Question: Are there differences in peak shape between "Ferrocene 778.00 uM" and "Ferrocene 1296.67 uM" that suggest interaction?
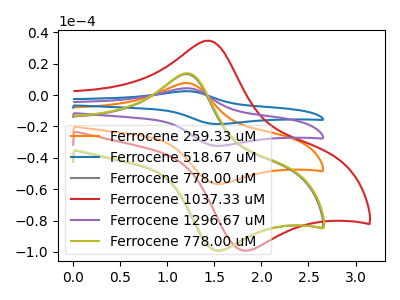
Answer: <think>The orange curve "Ferrocene 259.33 uM" has an anodic peak at (1.20V, 7.70uA) and a cathodic peak at (1.50V, -56.55uA). The blue curve "Ferrocene 518.67 uM" has an anodic peak at (1.20V, 23.10uA) and a cathodic peak at (1.50V, -169.70uA). The gray curve "Ferrocene 778.00 uM" has an anodic peak at (1.20V, 13.45uA) and a cathodic peak at (1.50V, -99.00uA). The red curve "Ferrocene 1037.33 uM" has an anodic peak at (1.45V, 34.70uA) and a cathodic peak at (1.80V, -98.95uA). The purple curve "Ferrocene 1296.67 uM" has an anodic peak at (1.20V, 15.40uA) and a cathodic peak at (1.50V, -113.15uA). The olive curve "Ferrocene 778.00 uM" has an anodic peak at (1.20V, 13.95uA) and a cathodic peak at (1.50V, -99.00uA).
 All the peaks in "Ferrocene 778.00 uM" have a peak in "Ferrocene 1296.67 uM" at the same potential. Every peak in "Ferrocene 778.00 uM" is lower than every peak in "Ferrocene 1296.67 uM".</think>
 <answer>No, "Ferrocene 778.00 uM" and "Ferrocene 1296.67 uM" don't appear to be significantly different in shape</answer>
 <eval>no_change</eval>